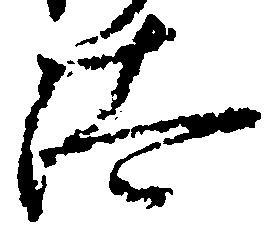
汰